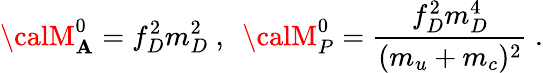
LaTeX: {\calM}_{\mathbf{A}}^{0}=f_{D}^{2}m_{D}^{2}~,~~{\calM}_{P}^{0}=\frac{{f_{D}^{2}m_{D}^{4}}}{{(m_{u}+m_{c})^{2}}}~.